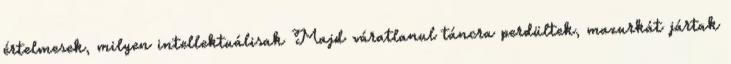
értelmesek, milyen intellektuálisak Majd váratlanul táncra perdültek, mazurkát jártak